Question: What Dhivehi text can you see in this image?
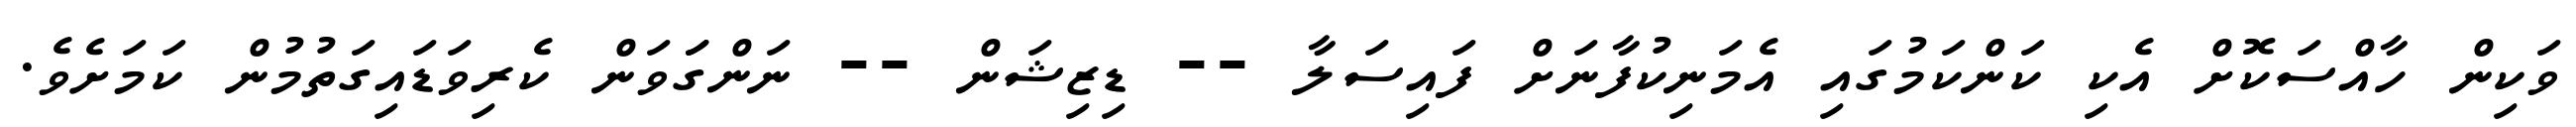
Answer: ވަކިން ހާއްސަކޮށް އެކި ކަންކަމުގައި އެމަނިކުފާނަށް ފައިސަލާ -- ޑިޒިޝަން -- ނަންގަަވަން ކެރިވަޑައިގަތުމުން ކަމަށެވެ.